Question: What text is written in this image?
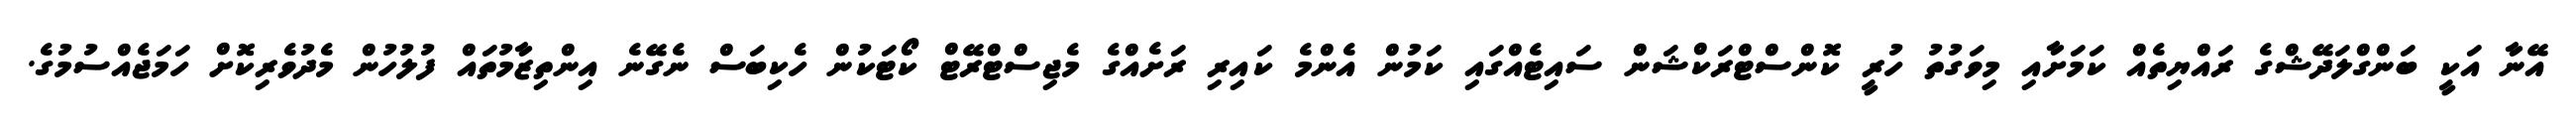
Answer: އޭނާ އަކީ ބަންގްލަދޭޝްގެ ރައްޔިތެއް ކަމަށާއި މިވަގުތު ހުރީ ކޮންސްޓްރަކްޝަން ސައިޓެއްގައި ކަމުން އެންމެ ކައިރި ރަށެއްގެ މެޖިސްޓްރޭޓް ކޯޓަކުން ހެކިބަސް ނެގޭނެ އިންތިޒާމުތައް ފުލުހުން މެދުވެރިކޮށް ހަމަޖެއްސުމުގެ.